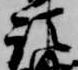
短